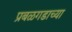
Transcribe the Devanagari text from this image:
प्रबळगडाच्या